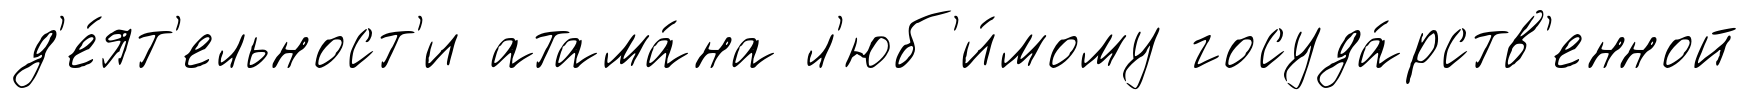
д'е́ят'ельност'и атама́на л'юб'и́мому госуда́рств'енной